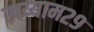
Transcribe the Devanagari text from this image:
खय्याम२९